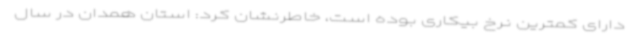
دارای کمترین نرخ بیکاری بوده است، خاطرنشان کرد: استان همدان در سال